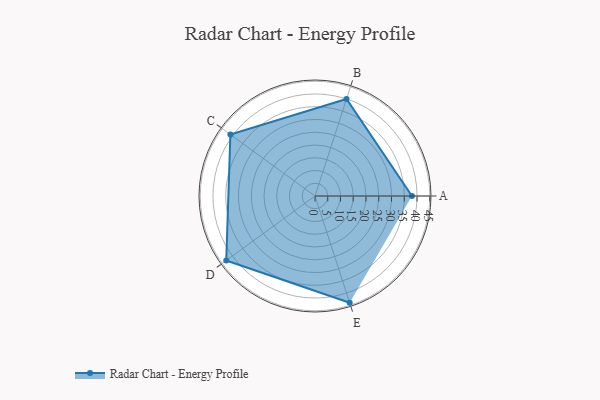
{"axis": {"x": "Skill", "y": "Score"}, "legend": ["Profile"], "data": [{"x": "A", "y": 38.0, "type": "Profile"}, {"x": "B", "y": 40.0, "type": "Profile"}, {"x": "C", "y": 41.0, "type": "Profile"}, {"x": "D", "y": 43.0, "type": "Profile"}, {"x": "E", "y": 44.0, "type": "Profile"}]}